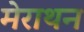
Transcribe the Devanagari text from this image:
मेराथन